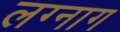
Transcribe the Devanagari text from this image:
लग्नाग